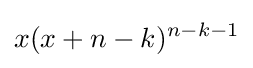
x(x+n-k)^{n-k-1}